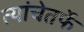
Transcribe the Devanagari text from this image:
त्यांचेतर्फे